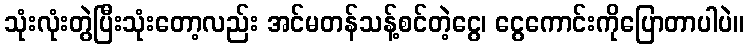
သုံးလုံးတွဲပြီးသုံးတော့လည်း အင်မတန်သန့်စင်တဲ့ငွေ၊ ငွေကောင်းကိုပြောတာပါပဲ။